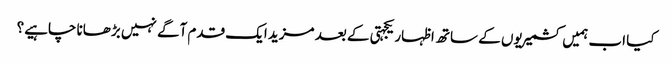
کیا اب ہمیں کشمیریوں کے ساتھ اظہار یکجہتی کے بعد مزید ایک قدم آگے نہیں بڑھانا چاہیے؟